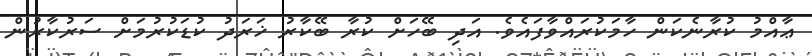
ޢާއްމު ކުރާނެކަން ހާމަކުރައްވާފައެވެ. އަދި ބޭހަށް ކުރާ ބޭކާރު ޚަރަދު ކުޑަކުރުމަށް ސަރުކާރުން